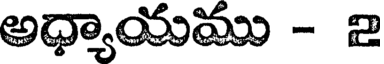
అధ్యాయము - 2